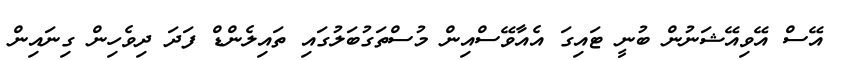
އޭސް އޭވިއޭޝަނުން ބުނީ ޓައިގަ އެއާވޭސްއިން މުސްތަގުބަލުގައި ތައިލެންޑް ފަދަ ދިވެހިން ގިނައިން